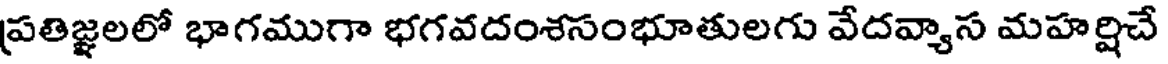
ప్రతిజ్ఞలలో భాగముగా భగవదంశసంభూతులగు వేదవ్యాస మహర్షిచే